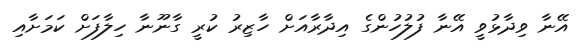
އޭނާ ވިދާޅުވީ އޭނާ ފުލުހުންގެ އިދާރާއަށް ހާޒިރު ކުރީ ގާނޫނާ ހިލާފަށް ކަމަށާއި